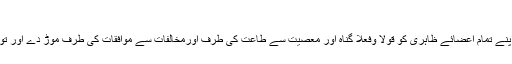
مقالہ7)
* توبہ دو قسم کی ہے (۱) توبہ ظاہر(۲) توبہ باطن،توبہ ظاہر یہ ہے کہ انسان اپنے تمام اعضائے ظاہری کو قولًا وفعلًا گناہ اور معصیت سے طاعت کی طرف اورمخالفات سے موافقات کی طرف موڑ دے اور توبہ باطن یہ ہے انسان تصفیہ قلب اختیار کرکے موافقات کی طرف رجوع کرے۔